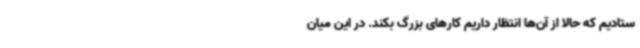
ستادیم که حالا از آن‌ها انتظار داریم کارهای بزرگ بکند. در این میان